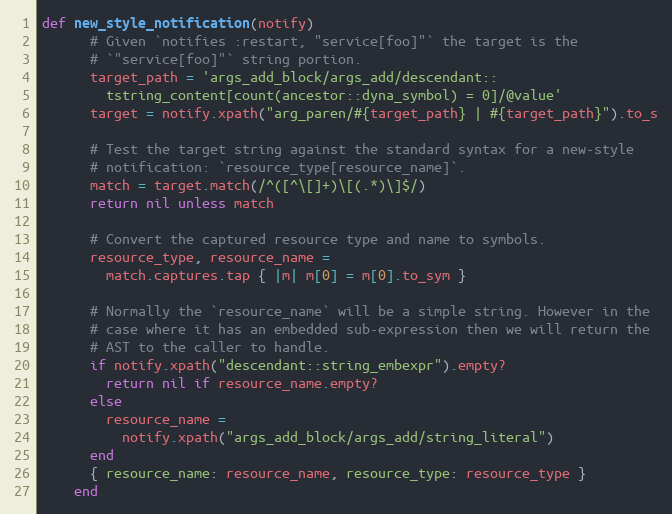
Language: Ruby
def new_style_notification(notify)
      # Given `notifies :restart, "service[foo]"` the target is the
      # `"service[foo]"` string portion.
      target_path = 'args_add_block/args_add/descendant::
        tstring_content[count(ancestor::dyna_symbol) = 0]/@value'
      target = notify.xpath("arg_paren/#{target_path} | #{target_path}").to_s

      # Test the target string against the standard syntax for a new-style
      # notification: `resource_type[resource_name]`.
      match = target.match(/^([^\[]+)\[(.*)\]$/)
      return nil unless match

      # Convert the captured resource type and name to symbols.
      resource_type, resource_name =
        match.captures.tap { |m| m[0] = m[0].to_sym }

      # Normally the `resource_name` will be a simple string. However in the
      # case where it has an embedded sub-expression then we will return the
      # AST to the caller to handle.
      if notify.xpath("descendant::string_embexpr").empty?
        return nil if resource_name.empty?
      else
        resource_name =
          notify.xpath("args_add_block/args_add/string_literal")
      end
      { resource_name: resource_name, resource_type: resource_type }
    end